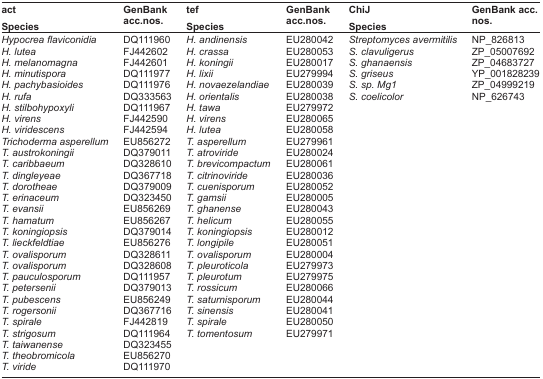
<table><thead><tr><td><b>act Species</b></td><td><b>GenBank acc.nos.</b></td><td><b>tef Species</b></td><td><b>GenBank acc.nos.</b></td><td><b>ChiJ Species</b></td><td><b>GenBank acc. nos.</b></td></tr></thead><tbody><tr><td><i>Hypocrea flaviconidia</i></td><td>DQ111960</td><td><i>H. andinensis</i></td><td>EU280042</td><td><i>Streptomyces avermitilis</i></td><td>NP_826813</td></tr><tr><td><i>H. lutea</i></td><td>FJ442602</td><td><i>H. crassa</i></td><td>EU280053</td><td><i>S. clavuligerus</i></td><td>ZP_05007692</td></tr><tr><td><i>H. melanomagna</i></td><td>FJ442601</td><td><i>H. koningii</i></td><td>EU280017</td><td><i>S. ghanaensis</i></td><td>ZP_04683727</td></tr><tr><td><i>H. minutispora</i></td><td>DQ111977</td><td><i>H. lixii</i></td><td>EU279994</td><td><i>S. griseus</i></td><td>YP_001828239</td></tr><tr><td><i>H. pachybasioides</i></td><td>DQ111976</td><td><i>H. novaezelandiae</i></td><td>EU280039</td><td><i>S. sp. Mg1</i></td><td>ZP_04999219</td></tr><tr><td><i>H. rufa</i></td><td>DQ333563</td><td><i>H. orientalis</i></td><td>EU280038</td><td><i>S. coelicolor</i></td><td>NP_626743</td></tr><tr><td><i>H. stilbohypoxyli</i></td><td>DQ111967</td><td><i>H. tawa</i></td><td>EU279972</td><td></td><td></td></tr><tr><td><i>H. virens</i></td><td>FJ442590</td><td><i>H. virens</i></td><td>EU280065</td><td></td><td></td></tr><tr><td><i>H. viridescens</i></td><td>FJ442594</td><td><i>H. lutea</i></td><td>EU280058</td><td></td><td></td></tr><tr><td><i>Trichoderma asperellum</i></td><td>EU856272</td><td><i>T. asperellum</i></td><td>EU279961</td><td></td><td></td></tr><tr><td><i>T. austrokoningii</i></td><td>DQ379011</td><td><i>T. atroviride</i></td><td>EU280024</td><td></td><td></td></tr><tr><td><i>T. caribbaeum</i></td><td>DQ328610</td><td><i>T. brevicompactum</i></td><td>EU280061</td><td></td><td></td></tr><tr><td><i>T. dingleyeae</i></td><td>DQ367718</td><td><i>T. citrinoviride</i></td><td>EU280036</td><td></td><td></td></tr><tr><td><i>T. dorotheae</i></td><td>DQ379009</td><td><i>T. cuenisporum</i></td><td>EU280052</td><td></td><td></td></tr><tr><td><i>T. erinaceum</i></td><td>DQ323450</td><td><i>T. gamsii</i></td><td>EU280005</td><td></td><td></td></tr><tr><td><i>T. evansii</i></td><td>EU856269</td><td><i>T. ghanense</i></td><td>EU280043</td><td></td><td></td></tr><tr><td><i>T. hamatum</i></td><td>EU856267</td><td><i>T. helicum</i></td><td>EU280055</td><td></td><td></td></tr><tr><td><i>T. koningiopsis</i></td><td>DQ379014</td><td><i>T. koningiopsis</i></td><td>EU280012</td><td></td><td></td></tr><tr><td><i>T. lieckfeldtiae</i></td><td>EU856276</td><td><i>T. longipile</i></td><td>EU280051</td><td></td><td></td></tr><tr><td><i>T. ovalisporum</i></td><td>DQ328611</td><td><i>T. ovalisporum</i></td><td>EU280004</td><td></td><td></td></tr><tr><td><i>T. ovalisporum</i></td><td>DQ328608</td><td><i>T. pleuroticola</i></td><td>EU279973</td><td></td><td></td></tr><tr><td><i>T. pauculosporum</i></td><td>DQ111957</td><td><i>T. pleurotum</i></td><td>EU279975</td><td></td><td></td></tr><tr><td><i>T. petersenii</i></td><td>DQ379013</td><td><i>T. rossicum</i></td><td>EU280066</td><td></td><td></td></tr><tr><td><i>T. pubescens</i></td><td>EU856249</td><td><i>T. saturnisporum</i></td><td>EU280044</td><td></td><td></td></tr><tr><td><i>T. rogersonii</i></td><td>DQ367716</td><td><i>T. sinensis</i></td><td>EU280041</td><td></td><td></td></tr><tr><td><i>T. spirale</i></td><td>FJ442819</td><td><i>T. spirale</i></td><td>EU280050</td><td></td><td></td></tr><tr><td><i>T. strigosum</i></td><td>DQ111964</td><td><i>T. tomentosum</i></td><td>EU279971</td><td></td><td></td></tr><tr><td><i>T. taiwanense</i></td><td>DQ323455</td><td></td><td></td><td></td><td></td></tr><tr><td><i>T. theobromicola</i></td><td>EU856270</td><td></td><td></td><td></td><td></td></tr><tr><td><i>T. viride</i></td><td>DQ111970</td><td></td><td></td><td></td><td></td></tr></tbody></table>